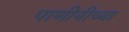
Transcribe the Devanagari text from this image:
पाणीनीच्या